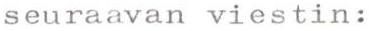
seuraavan viestin: